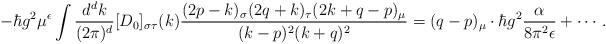
LaTeX: \begin{align*}- \hbar g^2 \mu^\epsilon\int\frac{d^d k}{(2\pi)^d} [D_0]_{\sigma\tau}(k)\frac{(2p-k)_\sigma (2q+k)_\tau (2k+q-p)_\mu}{(k-p)^2 (k+q)^2}= (q-p)_\mu\cdot\hbar g^2 \frac{\alpha}{8 \pi^2\epsilon} + \cdots .\end{align*}